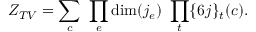
Z _ { T V } = \sum _ { c } \ \prod _ { e } \mathrm { d i m } ( j _ { e } ) \ \prod _ { t } \{ 6 j \} _ { t } ( c ) .